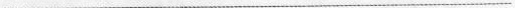
___